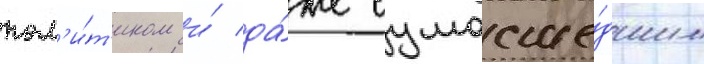
пол'и́т'иком и́ да́же сумасше́дшим